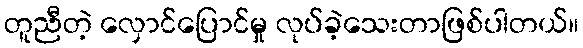
တူညီတဲ့ လှောင်ပြောင်မှု လုပ်ခဲ့သေးတာဖြစ်ပါတယ်။